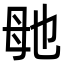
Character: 毑